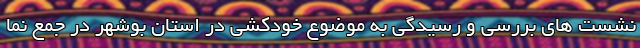
نشست های بررسی و رسیدگی به موضوع خودکشی در استان بوشهر در جمع نما